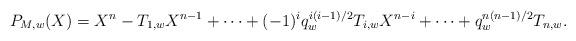
LaTeX: \begin{align*}P_{M,w}(X) = X^{n} - T_{1,w}X^{n-1}+\dots + (-1)^iq_{w}^{i(i-1)/2}T_{i,w}X^{n-i} +\dots + q_{w}^{n(n-1)/2}T_{n,w}.\end{align*}